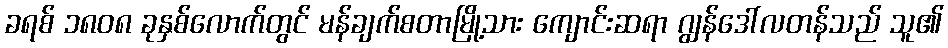
ခရစ် ၁၈၀၈ ခုနှစ်လောက်တွင် မန်ချက်စတာမြို့သား ကျောင်းဆရာ ဂျွန်ဒေါ်လတန်သည် သူ၏